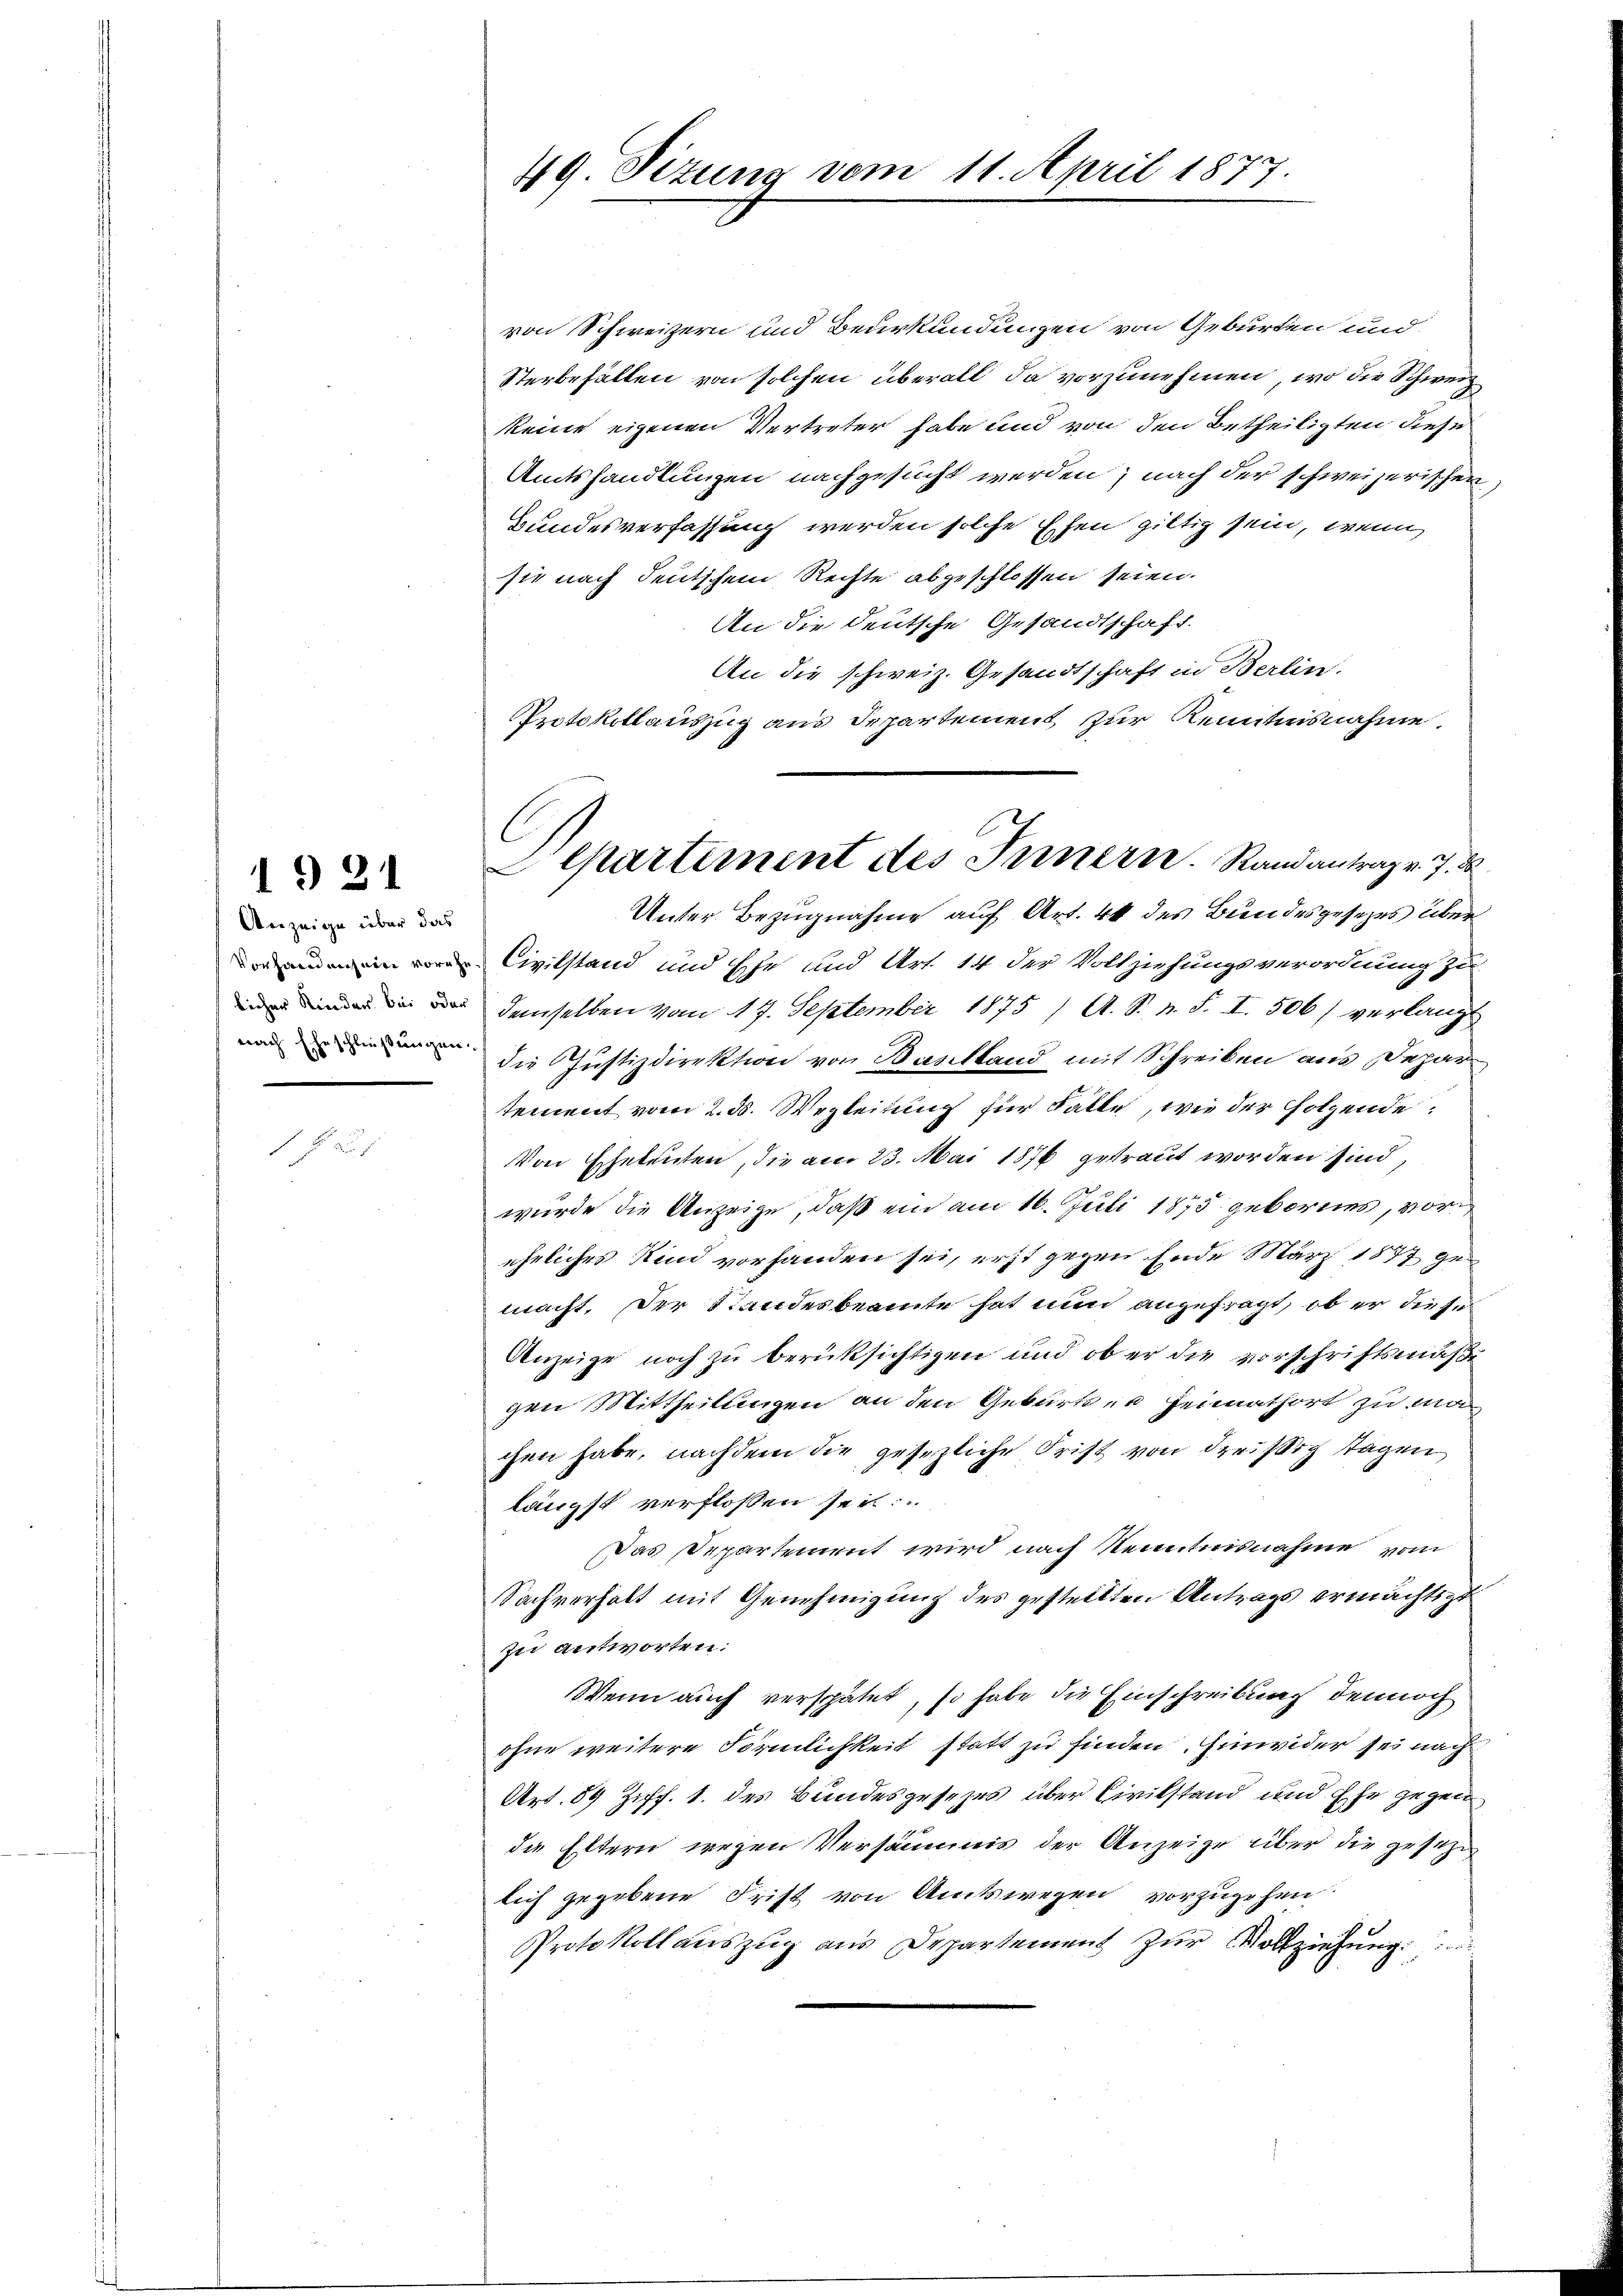
1921

Anzeige über das

h

von Schweizern und Beurkundungen von Geburten und
Sterbefällen von solchen überall da vorzunehmen, wo die Schweiz
keine eigenen Vertreter habe und von den Betheiligten diese
Amtshandlungen nachgesucht werden; nach der schweizerischen
Bundesverfassung werden solche Ehen giltig sein, wenn
sie nach deutschem Rechte abgeschlossen seien.
An die deutsche Gesandtschaft.
An die schweiz. Gesandtschaft in Berlin.
Protokollauszug aus Departement zur Kenntnisnahme.
Unter Bezugnahme auf Art. 40 des Bundesgesetzes über
Civilstand und Ehr und Art. 14 der Vollziehungsverordnung zu
 denselben vom 17. September 1875 / A. S. n. F. I. 506) verlangt
und die Justizdirektion von Baselland mit Schreiben aus Depar
tement vom 2. ds. Wegleitung für Fälle, wie der folgende:
Von Eheleuten, die am 23. Mai 1876 getraut worden sind,
wurde die Anzeige, daß ein am 16. Juli 1875 gebornes, voreheliches Kind vorhanden sei, erst gegen Ende März 1877 ge
macht. Der Standesbeamte hat nun angefragt, ob er diese
Anzeige noch zu berüksichtigen und ob er die vorschriftsmaße
gen Mittheilungen an den Geburten Heimathort zu machen habe, nachdem die gesezliche Frist von Freisig Tagen
längst verflossen sei.
Das Departement wird nach Kenntnisnahme vom
Sachverhalt mit Genehmigung des gestellten Antrags ermächtigt
zu antworten:
Wenn auch verspätet, so habe die Einschreibung dennoch
ohne weitere Förmlichkeit statt zu finden. Einwider sei nach
Art. 59 Ziff. 1. des Bundesgesetzes über Civilstand und Ehe gegen
die Eltern wegen Versäumis der Anzeige über die gesetze
lich gegebene Frist von Amtswegen vorzugehen.
Protokollauszug aus Departement zur Vollziehung

49 Sizung vom 11. April 1877.

C
epartement des Innern. Randantrag v. J. d